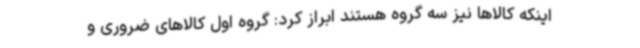
اینکه کالاها نیز سه گروه هستند ابراز کرد: گروه اول کالاهای ضروری و